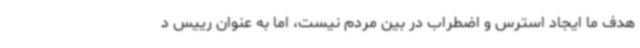
هدف ما ایجاد استرس و اضطراب در بین مردم نیست، اما به عنوان رییس د